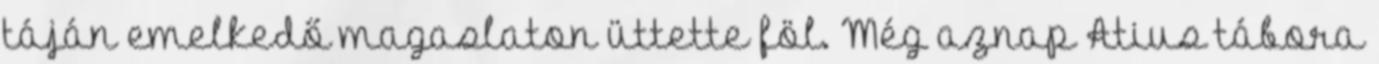
táján emelkedő magaslaton üttette föl. Még aznap Atius tábora